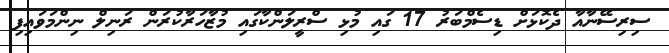
ސިރިސޭނާއާ ދެކޮޅަށް ޑިސެމްބަރު 17 ގައި މުޅި ސްރީލަންކާގައި މުޒާހަރާކުރަން ރަނިލް ނިންމަވައިފި